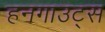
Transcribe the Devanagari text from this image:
हनगाउट्स